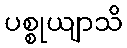
ပစ္စုယျာသိ